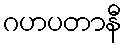
ဂဟပတာနီ